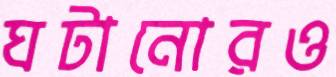
ঘটানোরও